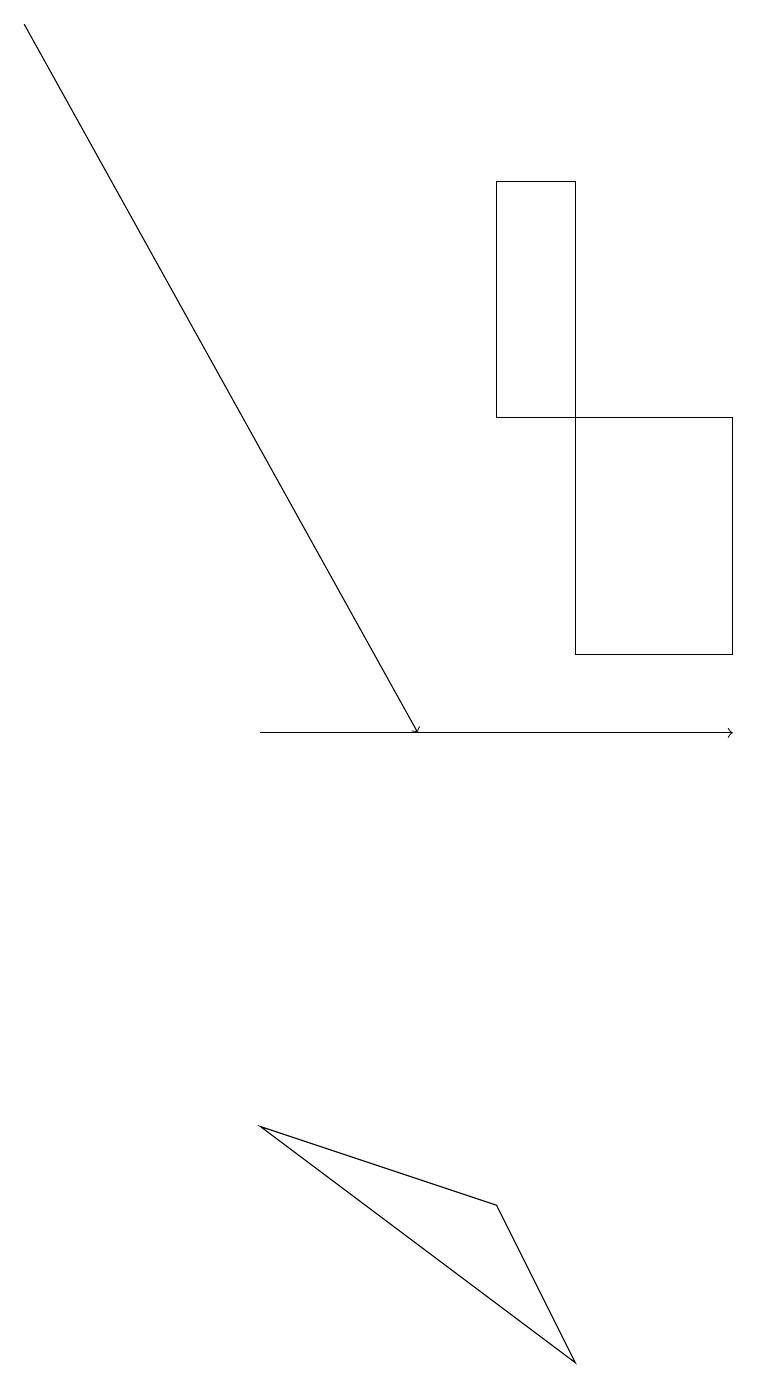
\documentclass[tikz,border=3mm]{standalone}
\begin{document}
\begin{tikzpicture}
\draw (7,13) rectangle (7,11);
\draw[->] (3,10) -- (9,10);
\draw (6,17) rectangle (7,14);
\draw (6,4) -- (7,2) -- (3,5) -- cycle;
\draw[->] (0,19) -- (5,10);
\draw (7,11) rectangle (9,14);
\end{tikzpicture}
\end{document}